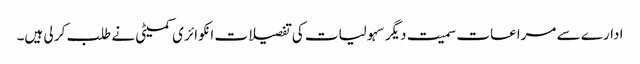
ادارے سے مراعات سمیت دیگر سہولیات کی تفصیلات انکوائر ی کمیٹی نے طلب کر لی ہیں۔